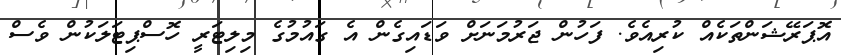
އޮޕަރޭޝަންތަކެއް ކުރިއެވެ. ފަހުން ޖަރުމަނަށް ވަޑައިގެން އެ ގައުމުގެ މިލިޓަރީ ހޮސްޕިޓަލަކުން ވެސް